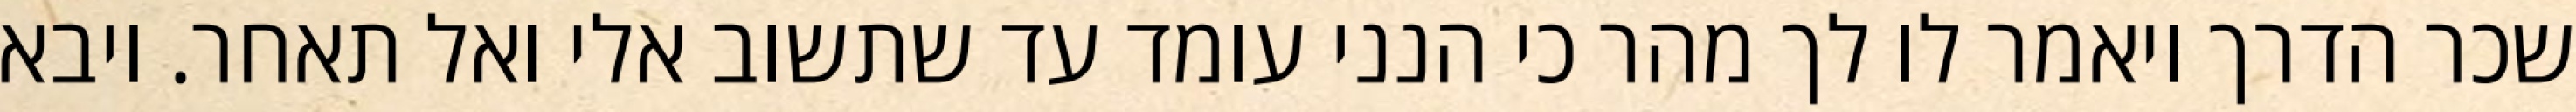
שכר הדרך ויאמר לו לך מהר כי הנני עומד עד שתשוב אלי ואל תאחר. ויבא